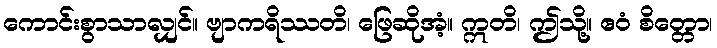
ကောင်းစွာသာလျှင်။ ဗျာကရိဿတိ၊ ဖြေဆိုအံ့။ ဣတိ၊ ဤသို့။ ဧဝံ စိတ္တော၊